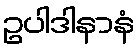
ဥပါဒါနာနံ